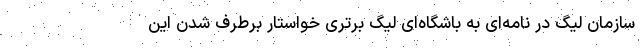
سازمان لیگ در نامه‌ای به باشگاه‌ای لیگ برتری خواستار برطرف شدن این